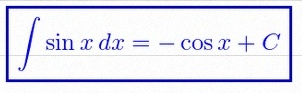
\int \sin x\,dx=-\cos x+C